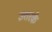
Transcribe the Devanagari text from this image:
उत्तरके